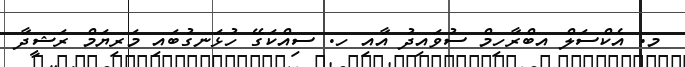
މ. އެކްސަލް އބްރާހިމް ސުވައިދު އާއި ހ. ސިއްކަގޭ ހުޅަނގުބައި މަރިޔަމް ރަޝީދާ